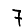
Digit: 7